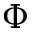
\Phi